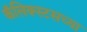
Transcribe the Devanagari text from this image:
कॅलिक्स्टसच्या